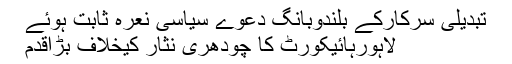
تبدیلی سرکارکے بلندوبانگ دعوے سیاسی نعرہ ثابت ہوئے
لاہورہائیکورٹ کا چودھری نثار کیخلاف بڑاقدم